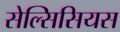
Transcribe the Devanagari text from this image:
सेल्सिसियस